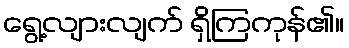
ရွေ့လျားလျက် ရှိကြကုန်၏။